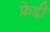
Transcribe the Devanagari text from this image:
फ्रेद्दी